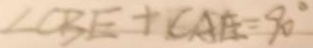
\angle C B E + \angle C A E = 9 0 ^ { \circ }